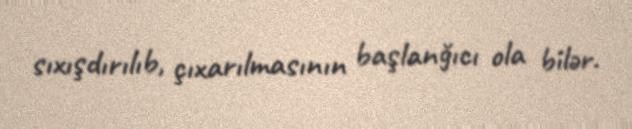
sıxışdırılıb, çıxarılmasının başlanğıcı ola bilər.